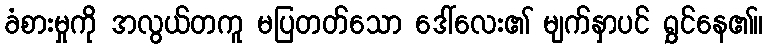
ခံစားမှုကို အလွယ်တကူ မပြတတ်သော ဒေါ်လေး၏ မျက်နှာပင် ရွှင်နေ၏။